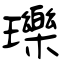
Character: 瓅